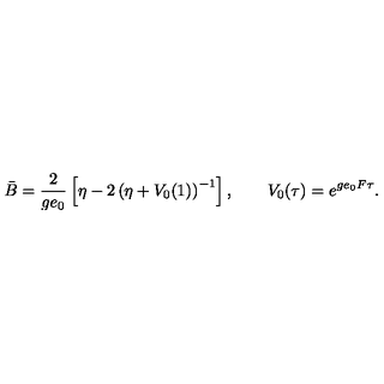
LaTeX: \bar { B } = \frac { 2 } { g e _ { 0 } } \left[ \eta - 2 \left( \eta + V _ { 0 } ( 1 ) \right) ^ { - 1 } \right] , \qquad V _ { 0 } ( \tau ) = e ^ { g e _ { 0 } F \tau } .